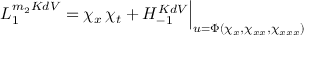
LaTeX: { \cal L } _ { 1 } ^ { m _ { 2 } K d V } = \chi _ { x } \, \chi _ { t } + { \cal H } _ { - 1 } ^ { K d V } \Big | _ { u = \Phi ( \chi _ { x } , \chi _ { x x } , \chi _ { x x x } ) }